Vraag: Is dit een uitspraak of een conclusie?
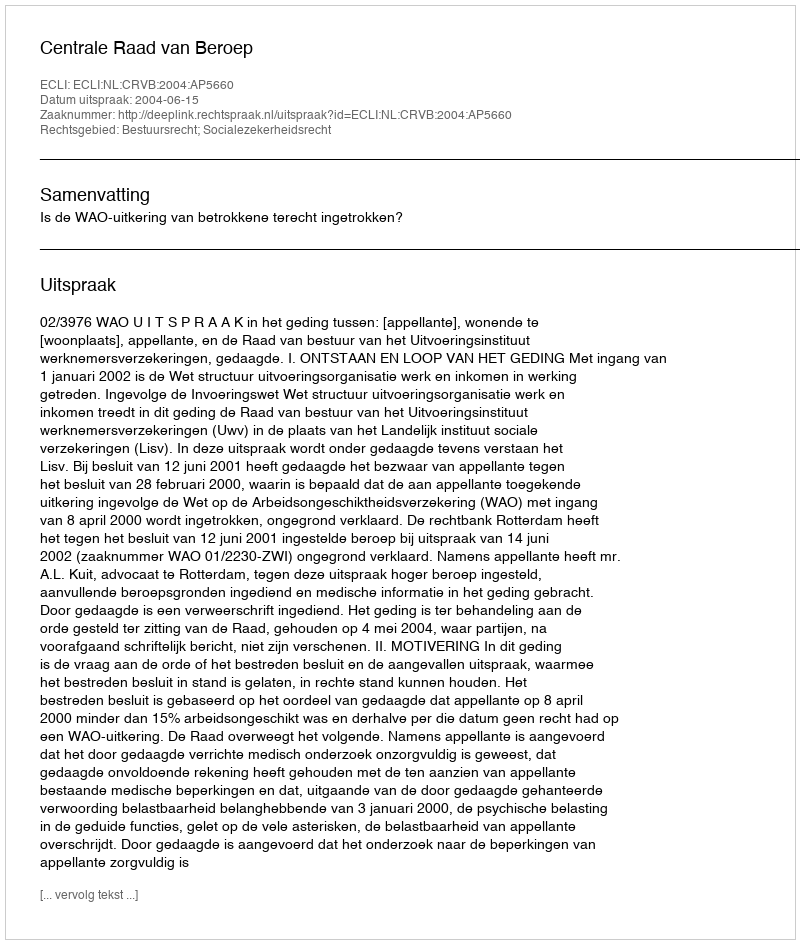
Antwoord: Uitspraak